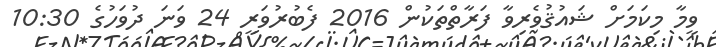
ވީމާ މިކަމަށް ޝައުޤުވެރިވާ ފަރާތްތަކުން 2016 ފެބުރުވަރީ 24 ވަނަ ދުވަހުގެ 10:30